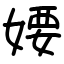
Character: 婹